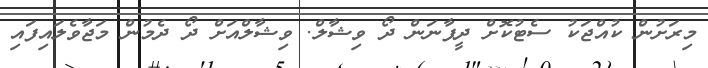
މިރަށުން ކުއްޖަކު ސެޓުކޮށް ދީފާނަން ދޯ ވިޝާލް. ވިޝާލްއަށް ދޯ ދެމުން މަޖާވެލައިފައި